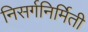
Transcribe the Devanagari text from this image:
निसर्गनिर्मिती